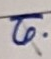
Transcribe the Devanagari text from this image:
ढो.